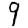
Digit: 9